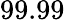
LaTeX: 99.99\